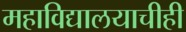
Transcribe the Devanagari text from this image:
महाविद्यालयाचीही